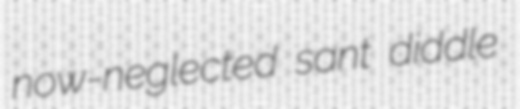
now-neglected sant diddle